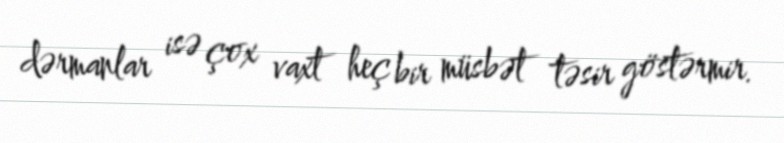
dərmanlar isə çox vaxt heç bir müsbət təsir göstərmir.